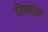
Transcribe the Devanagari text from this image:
मिनॉन